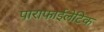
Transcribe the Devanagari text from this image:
पाराफाईलेटिक